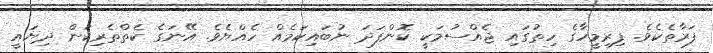
ފަރާތެކެވެ. ފިރިމީހާގެ ހިތުގައި ޖެއްސުމަކީ ކޮންފަދަ ނުބައިކަމެއް ހެއްޔެވެ. އޭނަގެ ކެތްތެރިކަން ދިޔައީ